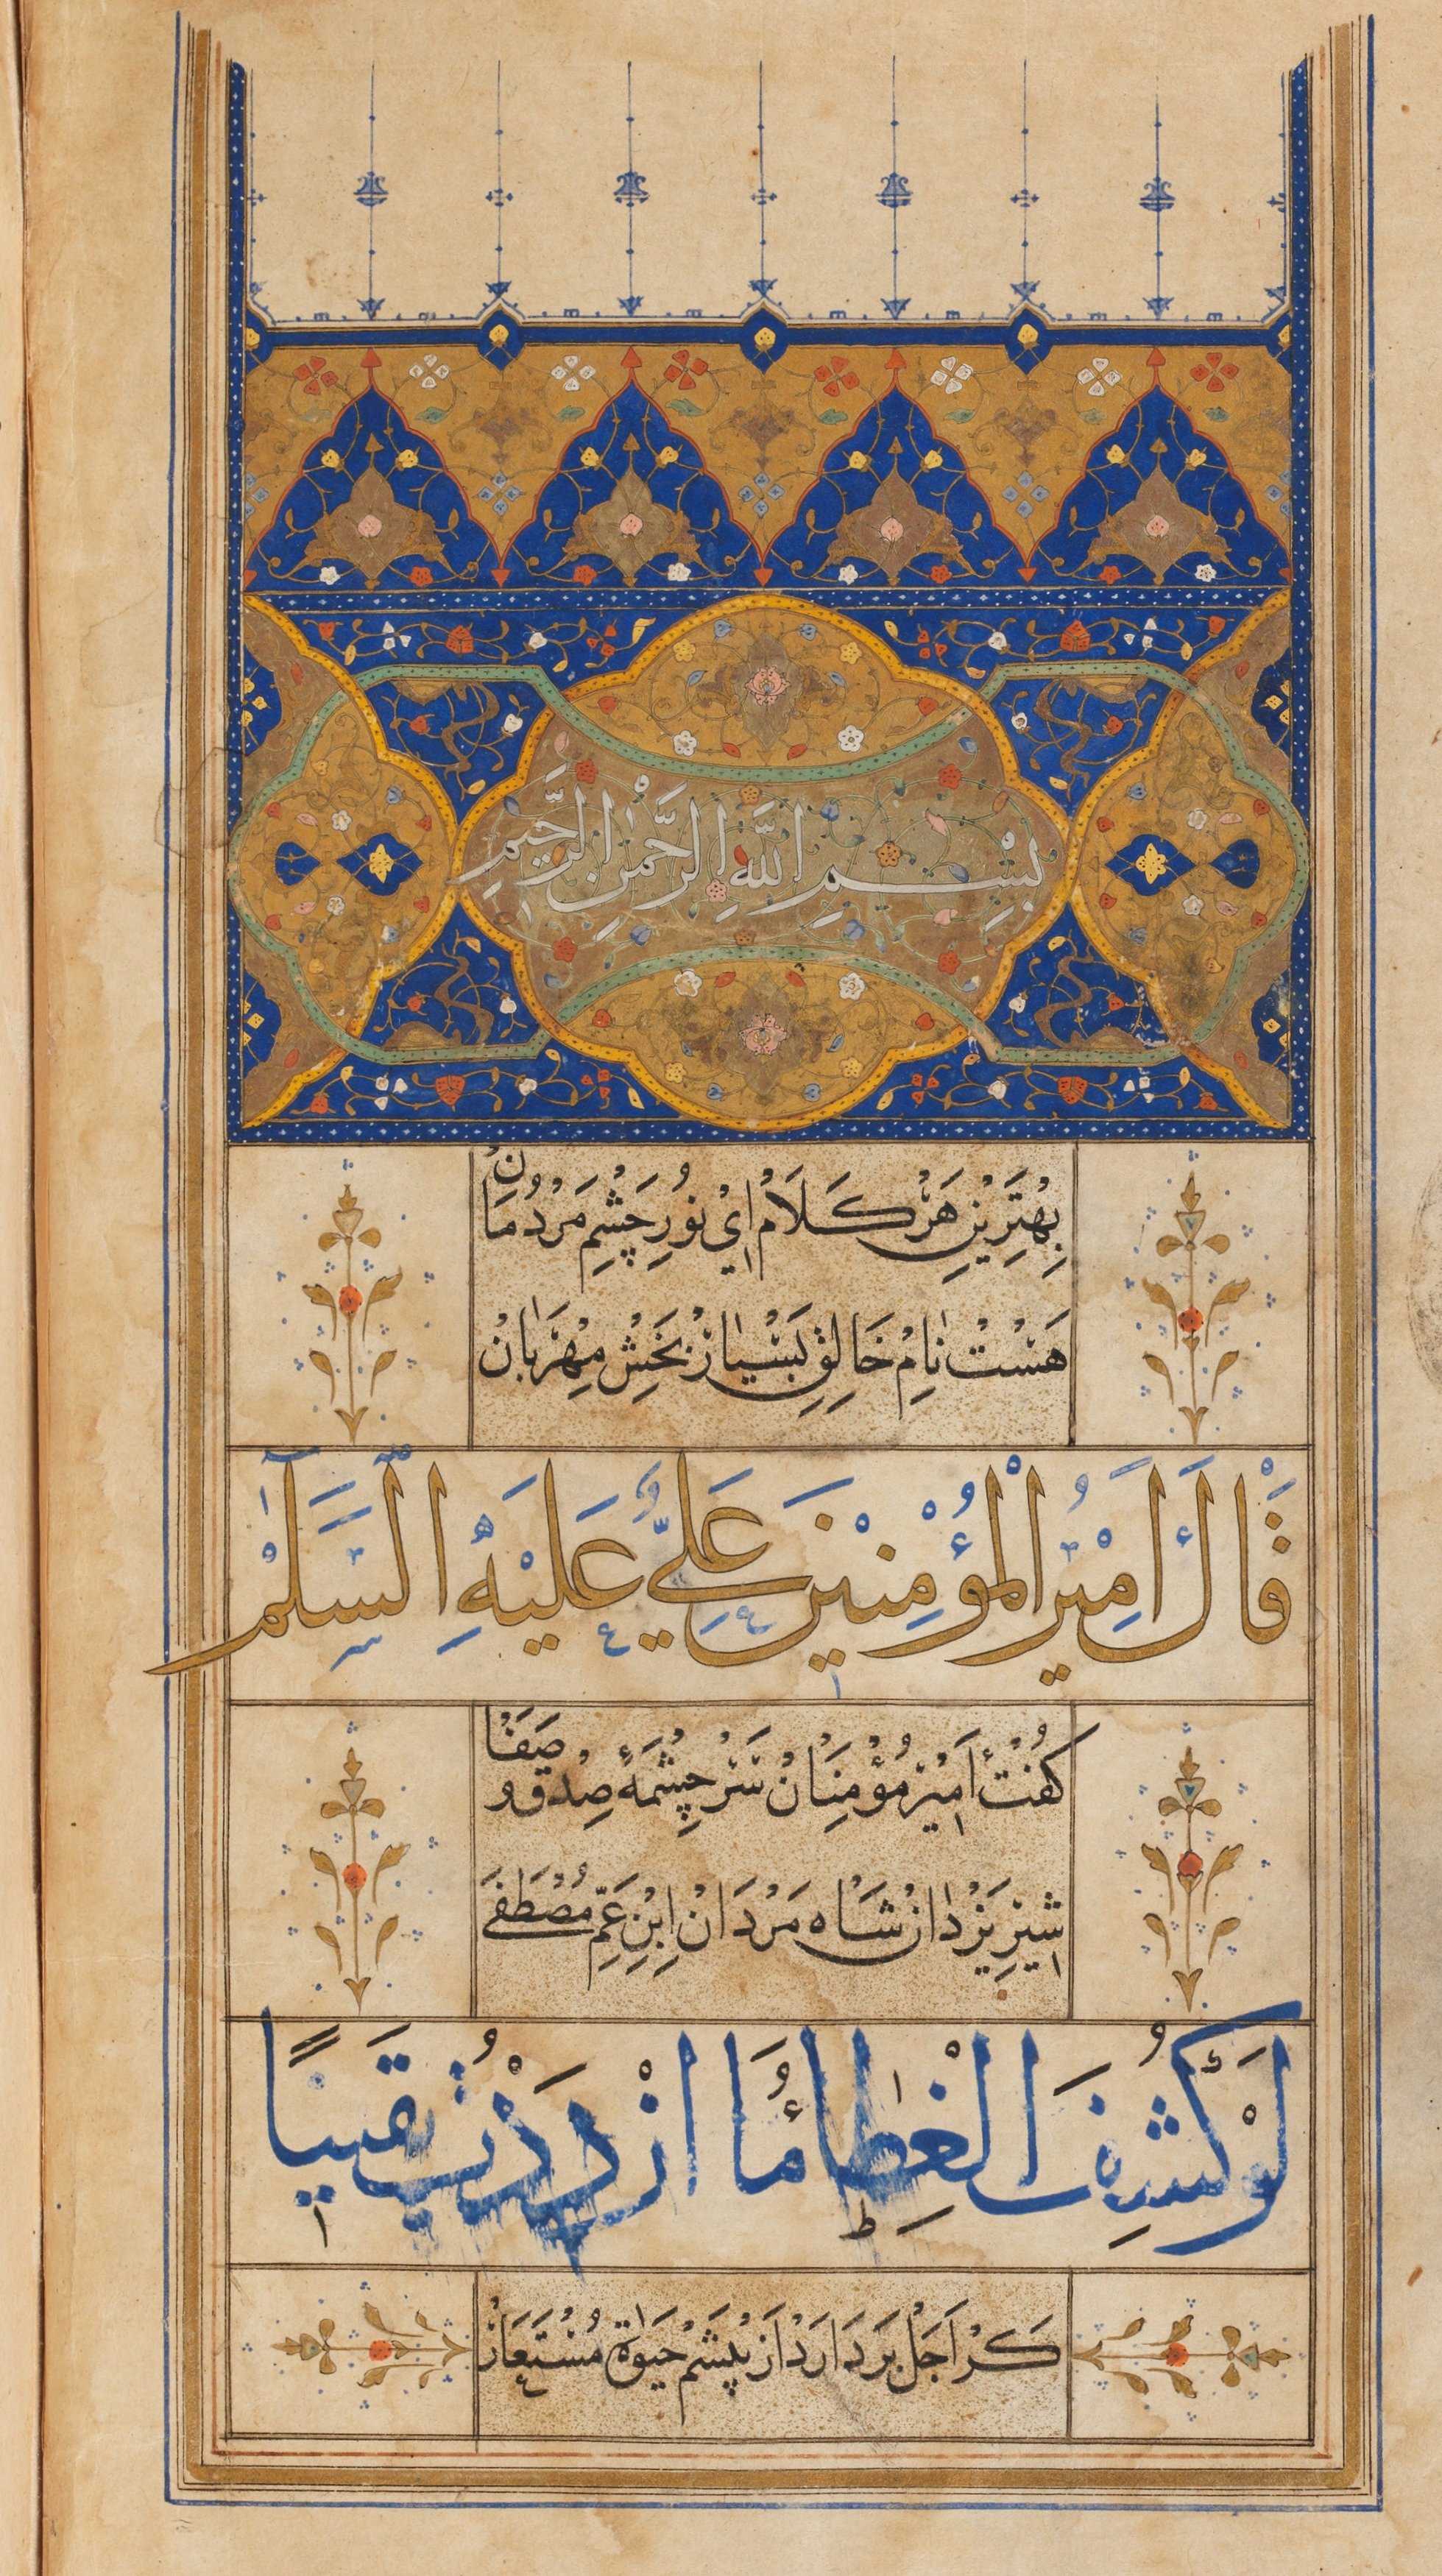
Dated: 1545–1545